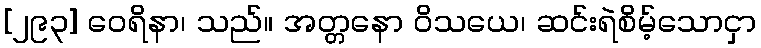
[၂၉၃] ဝေရိနာ၊ သည်။ အတ္တနော ဝိသယေ၊ ဆင်းရဲစိမ့်သောငှာ